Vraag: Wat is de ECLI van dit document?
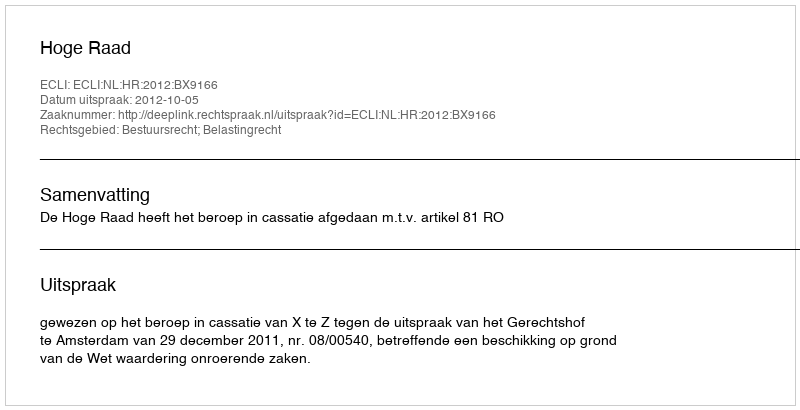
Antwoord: ECLI:NL:HR:2012:BX9166